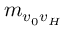
m _ { v _ { 0 } v _ { H } }